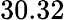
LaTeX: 30.32